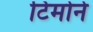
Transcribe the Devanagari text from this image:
टिमोने